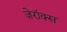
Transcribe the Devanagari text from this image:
ज़ेरॉक्स